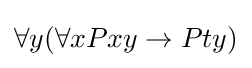
\forall y(\forall xPxy\to Pty)